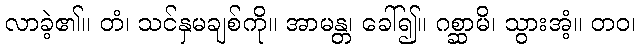
လာခဲ့၏။ တံ၊ သင်နှမချစ်ကို။ အာမန္တ၊ ခေါ်၍။ ဂစ္ဆာမိ၊ သွားအံ့။ တဝ၊